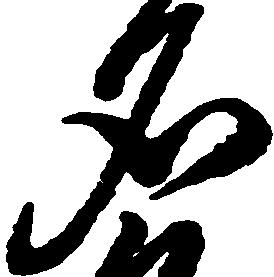
名